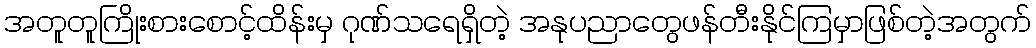
အတူတူကြိုးစားစောင့်ထိန်းမှ ဂုဏ်သရေရှိတဲ့ အနုပညာတွေဖန်တီးနိုင်ကြမှာဖြစ်တဲ့အတွက်